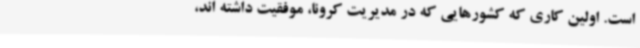
است. اولین کاری که کشورهایی که در مدیریت کرونا، موفقیت داشته اند،